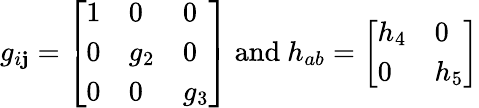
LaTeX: g_{i\mathbf{j}}=\left[\begin{array}{lll}{{1}}&{{0}}&{{0}}\\ {{0}}&{{g_{2}}}&{{0}}\\ {{0}}&{{0}}&{{g_{3}}}\end{array}\right]\mathrm{{~and~}}h_{ab}=\left[\begin{array}{ll}{{h_{4}}}&{{0}}\\ {{0}}&{{h_{5}}}\end{array}\right]